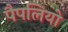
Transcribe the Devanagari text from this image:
पैपलियो